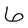
Character: 6